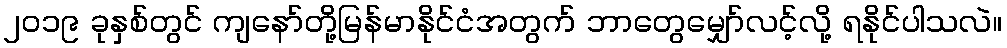
၂၀၁၉ ခုနှစ်တွင် ကျနော်တို့မြန်မာနိုင်ငံအတွက် ဘာတွေမျှော်လင့်လို့ ရနိုင်ပါသလဲ။